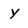
Character: Y